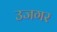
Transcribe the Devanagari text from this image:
उजगर